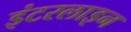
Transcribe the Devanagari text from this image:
इंटरलाइन